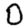
Digit: 0